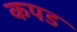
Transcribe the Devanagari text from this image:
कपड